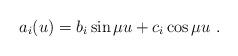
LaTeX: \begin{align*}a_{i}(u) = b_{i} \sin \mu u + c_{i} \cos \mu u~.\end{align*}